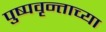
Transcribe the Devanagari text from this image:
पुष्पवृन्ताच्या